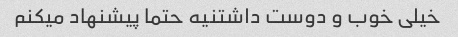
خیلی خوب و دوست داشتنیه حتما پیشنهاد میکنم